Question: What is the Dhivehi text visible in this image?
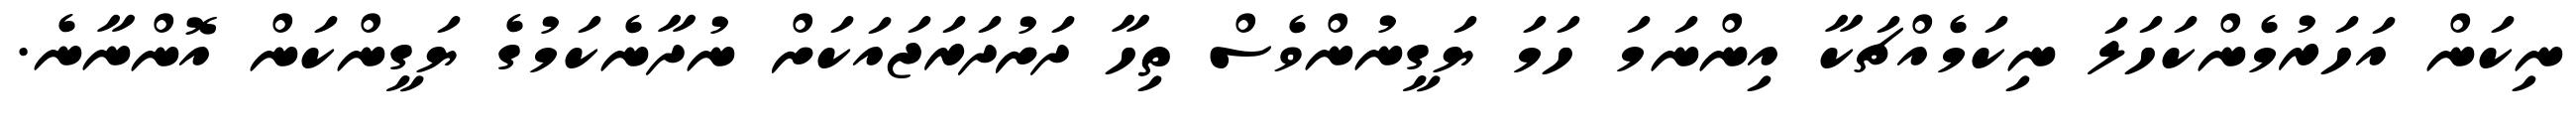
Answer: ނިކަން އަހަރުމެންކަހަލަ ނިކަމެއްޗަކާ އިންނަމަ ހަމަ ޔަގީނުންވެސް ތިހާ ދަށުދަރަޖައަކަށް ނުދާނެކަމުގެ ޔަގީންކަން އޮންނާނެ.